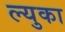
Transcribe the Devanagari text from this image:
ल्युका